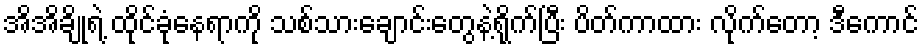
အိအိချိုရဲ့ ထိုင်ခုံနေရာကို သစ်သားချောင်းတွေနဲ့ရိုက်ပြီး ပိတ်ကာထား လိုက်တော့ ဒီကောင်